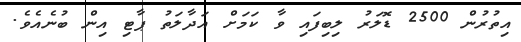
އިތުރުން 2500 ޑޮލަރު ލިބިފައި ވާ ކަމަށް އަދާލަތު ޕާޓި އިން ބުނެއެވެ.